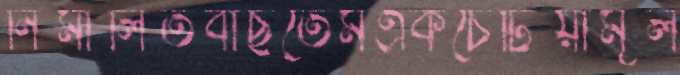
নিমীলিতবাছতেমএকচেটিয়ামূল